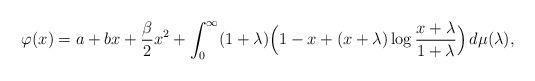
LaTeX: \begin{align*}\displaystyle \varphi(x)=a+bx+\frac{\beta}{2}x^2+\int_0^\infty (1+\lambda)\Bigl(1-x+(x+\lambda)\log\frac{x+\lambda}{1+\lambda}\Bigr)\,d\mu(\lambda),\end{align*}